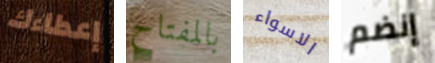
إعطاءك بالمفتاح الاسواء إنضم